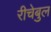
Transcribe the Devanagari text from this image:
रीचेबुल